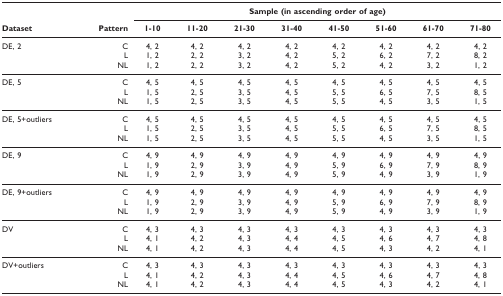
<table><thead><tr><td></td><td></td><td colspan="8"><b>Sample (in ascending order of age)</b></td></tr><tr><td><b>Dataset</b></td><td><b>Pattern</b></td><td><b>1-10</b></td><td><b>11-20</b></td><td><b>21-30</b></td><td><b>31-40</b></td><td><b>41-50</b></td><td><b>51-60</b></td><td><b>61-70</b></td><td><b>71-80</b></td></tr></thead><tbody><tr><td>DE, 2</td><td>C</td><td>4, 2</td><td>4, 2</td><td>4, 2</td><td>4, 2</td><td>4, 2</td><td>4, 2</td><td>4, 2</td><td>4, 2</td></tr><tr><td></td><td>L</td><td>1, 2</td><td>2, 2</td><td>3, 2</td><td>4, 2</td><td>5, 2</td><td>6, 2</td><td>7, 2</td><td>8, 2</td></tr><tr><td></td><td>NL</td><td>1, 2</td><td>2, 2</td><td>3, 2</td><td>4, 2</td><td>5, 2</td><td>4, 2</td><td>3, 2</td><td>1, 2</td></tr><tr><td>DE, 5</td><td>C</td><td>4, 5</td><td>4, 5</td><td>4, 5</td><td>4, 5</td><td>4, 5</td><td>4, 5</td><td>4, 5</td><td>4, 5</td></tr><tr><td></td><td>L</td><td>1, 5</td><td>2, 5</td><td>3, 5</td><td>4, 5</td><td>5, 5</td><td>6, 5</td><td>7, 5</td><td>8, 5</td></tr><tr><td></td><td>NL</td><td>1, 5</td><td>2, 5</td><td>3, 5</td><td>4, 5</td><td>5, 5</td><td>4, 5</td><td>3, 5</td><td>1, 5</td></tr><tr><td>DE, 5+outliers</td><td>C</td><td>4, 5</td><td>4, 5</td><td>4, 5</td><td>4, 5</td><td>4, 5</td><td>4, 5</td><td>4, 5</td><td>4, 5</td></tr><tr><td></td><td>L</td><td>1, 5</td><td>2, 5</td><td>3, 5</td><td>4, 5</td><td>5, 5</td><td>6, 5</td><td>7, 5</td><td>8, 5</td></tr><tr><td></td><td>NL</td><td>1, 5</td><td>2, 5</td><td>3, 5</td><td>4, 5</td><td>5, 5</td><td>4, 5</td><td>3, 5</td><td>1, 5</td></tr><tr><td>DE, 9</td><td>C</td><td>4, 9</td><td>4, 9</td><td>4, 9</td><td>4, 9</td><td>4, 9</td><td>4, 9</td><td>4, 9</td><td>4, 9</td></tr><tr><td></td><td>L</td><td>1, 9</td><td>2, 9</td><td>3, 9</td><td>4, 9</td><td>5, 9</td><td>6, 9</td><td>7, 9</td><td>8, 9</td></tr><tr><td></td><td>NL</td><td>1, 9</td><td>2, 9</td><td>3, 9</td><td>4, 9</td><td>5, 9</td><td>4, 9</td><td>3, 9</td><td>1, 9</td></tr><tr><td>DE, 9+outliers</td><td>C</td><td>4, 9</td><td>4, 9</td><td>4, 9</td><td>4, 9</td><td>4, 9</td><td>4, 9</td><td>4, 9</td><td>4, 9</td></tr><tr><td></td><td>L</td><td>1, 9</td><td>2, 9</td><td>3, 9</td><td>4, 9</td><td>5, 9</td><td>6, 9</td><td>7, 9</td><td>8, 9</td></tr><tr><td></td><td>NL</td><td>1, 9</td><td>2, 9</td><td>3, 9</td><td>4, 9</td><td>5, 9</td><td>4, 9</td><td>3, 9</td><td>1, 9</td></tr><tr><td>DV</td><td>C</td><td>4, 3</td><td>4, 3</td><td>4, 3</td><td>4, 3</td><td>4, 3</td><td>4, 3</td><td>4, 3</td><td>4, 3</td></tr><tr><td></td><td>L</td><td>4, 1</td><td>4, 2</td><td>4, 3</td><td>4, 4</td><td>4, 5</td><td>4, 6</td><td>4, 7</td><td>4, 8</td></tr><tr><td></td><td>NL</td><td>4, 1</td><td>4, 2</td><td>4, 3</td><td>4, 4</td><td>4, 5</td><td>4, 3</td><td>4, 2</td><td>4, 1</td></tr><tr><td>DV+outliers</td><td>C</td><td>4, 3</td><td>4, 3</td><td>4, 3</td><td>4, 3</td><td>4, 3</td><td>4, 3</td><td>4, 3</td><td>4, 3</td></tr><tr><td></td><td>L</td><td>4, 1</td><td>4, 2</td><td>4, 3</td><td>4, 4</td><td>4, 5</td><td>4, 6</td><td>4, 7</td><td>4, 8</td></tr><tr><td></td><td>NL</td><td>4, 1</td><td>4, 2</td><td>4, 3</td><td>4, 4</td><td>4, 5</td><td>4, 3</td><td>4, 2</td><td>4, 1</td></tr></tbody></table>